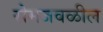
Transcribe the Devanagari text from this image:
रोमजवळील